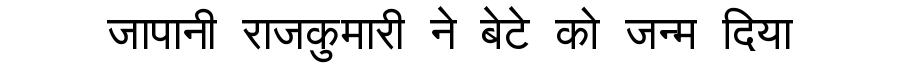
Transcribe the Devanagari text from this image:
जापानी राजकुमारी ने बेटे को जन्म दिया